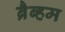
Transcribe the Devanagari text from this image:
ब्रैब्हम